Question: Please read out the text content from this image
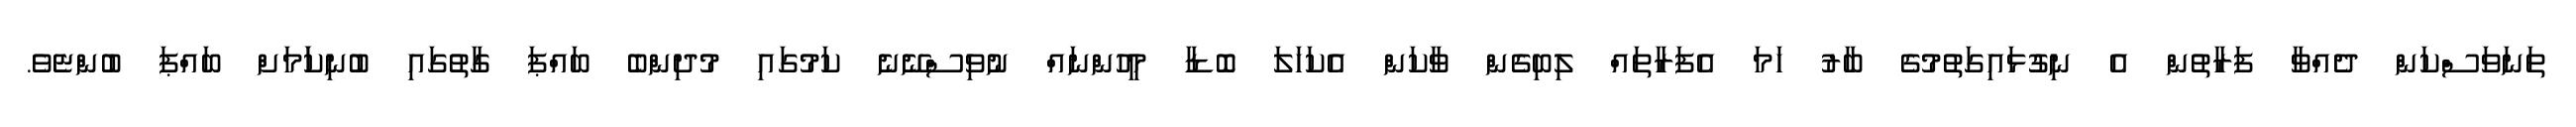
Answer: ތަނަވަސްކަން ދެއްވާ ފަރާތުން އެ ނިގުޅައިގަތުމުގެ ބާރު ހަމަ އެފަރާތައް ލިބިގެން ވާކަން އެކަހަލަ ބޮޑާ މީހުންނައް ނުވިސްނޭނެ ކަމުގައި މުދިންބެ ބައްޕަ ގާތުގައި ބުނިކަަމަށް ބައްޕަ ބުންޏެވެ.